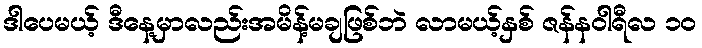
ဒါပေမယ့် ဒီနေ့မှာလည်းအမိန့်မချဖြစ်ဘဲ လာမယ့်နှစ် ဇန်နဝါရီလ ၁၀